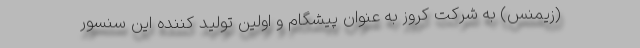
(زیمنس) به شرکت کروز به عنوان پیشگام و اولین تولید کننده این سنسور